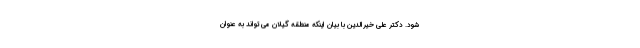
شود. دکتر علی خیرالدین با بیان اینکه منطقه گیلان می تواند به عنوان